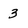
Character: 3